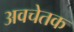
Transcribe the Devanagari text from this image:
अवचेतक